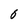
Character: 6